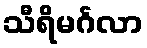
သီရိမင်္ဂလာ